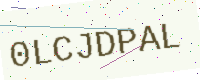
Text: 0LCJDPAL